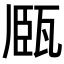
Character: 𤭘